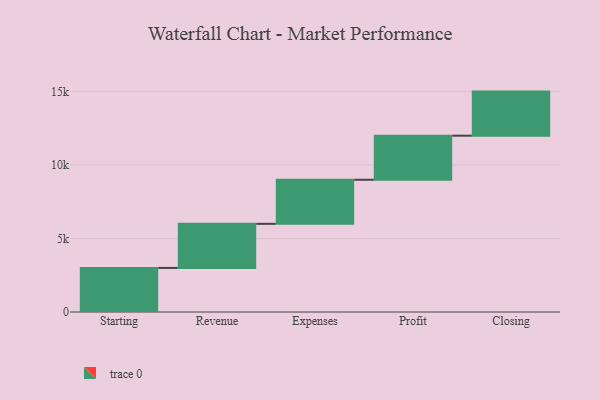
{"axis": {"x": "Step", "y": "Value"}, "legend": [""], "data": [{"x": "Starting", "y": 3000, "type": ""}, {"x": "Revenue", "y": 3000, "type": ""}, {"x": "Expenses", "y": 3000, "type": ""}, {"x": "Profit", "y": 3000, "type": ""}, {"x": "Closing", "y": 3000, "type": ""}]}